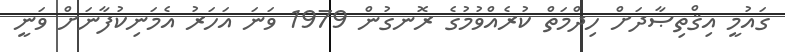
ގައުމީ އިޤްތިޞާދަށް ހިދްމަތް ކުރެއްވުމުގެ ރޮނގުން 1979 ވަނަ އަހަރު އެމަނިކުފާނަށް ވަނީ